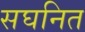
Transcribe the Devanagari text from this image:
सघनित